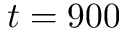
t = 9 0 0